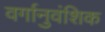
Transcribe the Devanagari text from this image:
वर्गानुवंशिक